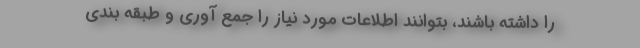
را داشته باشند، بتوانند اطلاعات مورد نیاز را جمع آوری و طبقه بندی